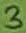
Text: 3